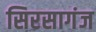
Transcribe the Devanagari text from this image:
सिरसागंज